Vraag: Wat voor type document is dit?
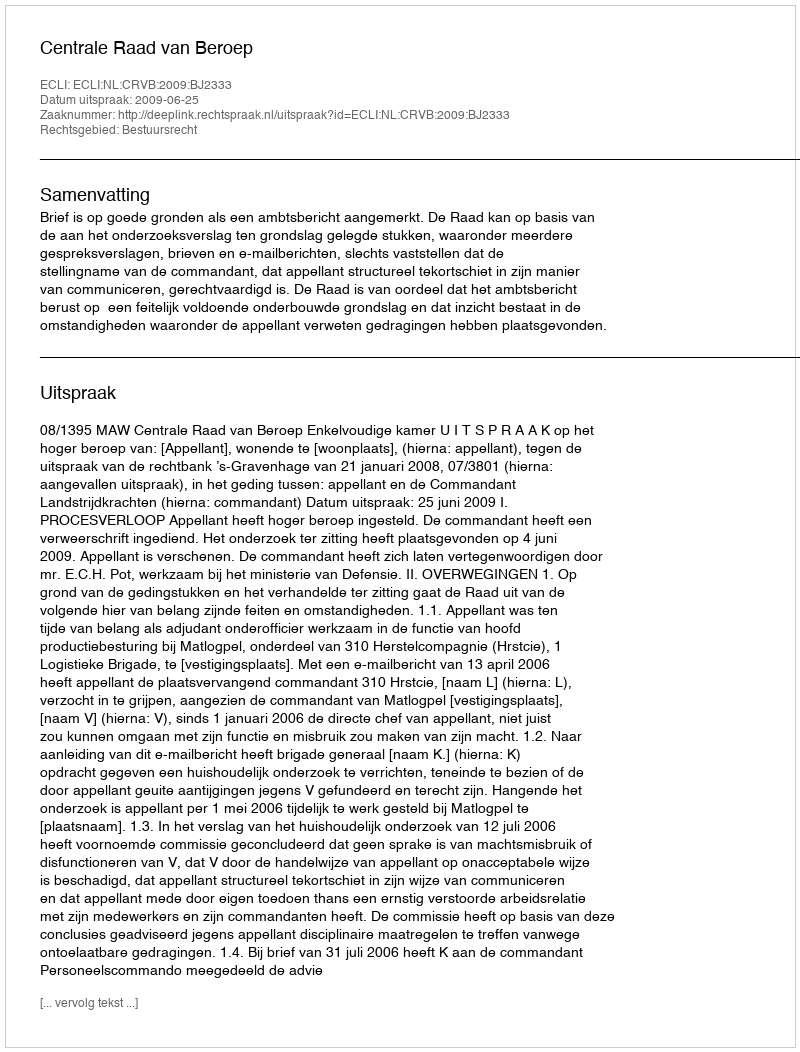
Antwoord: Uitspraak